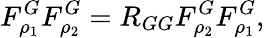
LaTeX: F_{\rho_{1}}^{G}F_{\rho_{2}}^{G}=R_{GG}F_{\rho_{2}}^{G}F_{\rho_{1}}^{G},